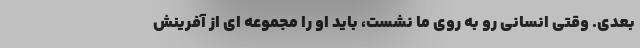
بعدی. وقتی انسانی رو به روی ما نشست، باید او را مجموعه ای از آفرینش